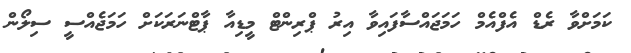
ކަމަށްވާ ރެޑް އެފްއެމް ހަމަޖައްސާފައިވާ އިރު ޕްރިންޓް މީޑިއާ ޕާޓްނަރަކަށް ހަމަޖެއްސީ ސިލޯން